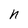
Character: n